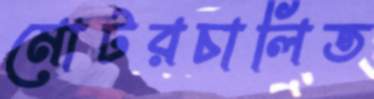
মোটরচালিত